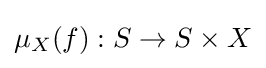
\mu _{X}(f):S\to S\times X